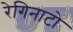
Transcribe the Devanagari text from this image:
रेगिनाटो